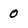
Character: 0